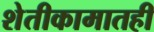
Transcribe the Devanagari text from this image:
शेतीकामातही